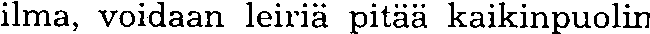
ilma, voidaan leiriä pitää kaikinpuolin